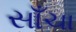
સાઁચા